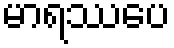
မာရဿပေ